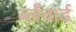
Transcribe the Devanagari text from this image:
ब्लँचार्ड